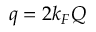
q = 2 k _ { F } Q